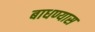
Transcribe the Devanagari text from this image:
बाधण्यास